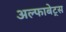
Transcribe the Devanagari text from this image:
अल्फाबेट्स